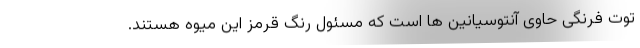
توت فرنگی حاوی آنتوسیانین ها است که مسئول رنگ قرمز این میوه هستند.